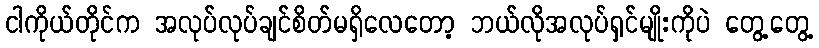
ငါကိုယ်တိုင်က အလုပ်လုပ်ချင်စိတ်မရှိလေတော့ ဘယ်လိုအလုပ်ရှင်မျိုးကိုပဲ တွေ့တွေ့